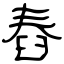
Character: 舂